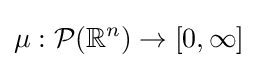
\mu :{\mathcal {P}}(\mathbb {R} ^{n})\to [0,\infty ]